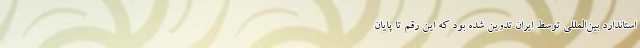
استاندارد بین‌المللی توسط ایران تدوین شده بود که این رقم تا پایان